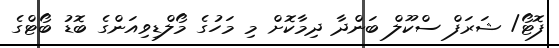
ފޮޓޯ/ ޝަރަފް ސްކޫލް ބަންދާ ދިމާކޮށް މި މަހުގެ މޯލްޑިވިއަންގެ ބޮޑު ބޯޓްގެ